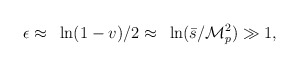
\begin{align*}\epsilon\approx~\ln(1-v)/2\approx~\ln(\bar{s}/{\cal M}_p^2)\gg 1,\end{align*}